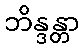
ဘိန္ဒန္တာ